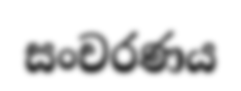
සංචරණය